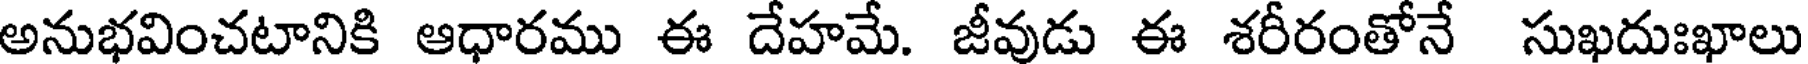
అనుభవించటానికి ఆధారము ఈ దేహమే. జీవుడు ఈ శరీరంతోనే సుఖదుఃఖాలు